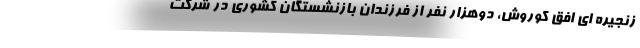
زنجیره ای افق کوروش، دوهزار نفر از فرزندان بازنشستگان کشوری در شرکت